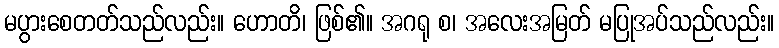
မပွားစေတတ်သည်လည်း။ ဟောတိ၊ ဖြစ်၏။ အဂရု စ၊ အလေးအမြတ် မပြုအပ်သည်လည်း။